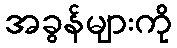
အခွန်များကို